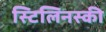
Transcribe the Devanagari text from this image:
स्टिलिनस्की